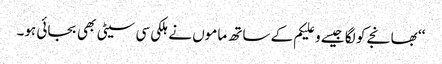
‘‘ بھانجے کو لگا جیسے وعلیکم کے ساتھ ماموں نے ہلکی سی سیٹی بھی بجائی ہو۔